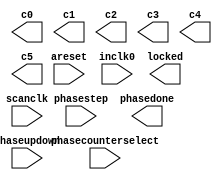
// megafunction wizard: %ALTPLL%VBB%
// GENERATION: STANDARD
// VERSION: WM1.0
// MODULE: altpll 

// ============================================================
// Megafunction Name(s):
// 			altpll
//
// Simulation Library Files(s):
// 			
// ============================================================
// ************************************************************
// THIS IS A WIZARD-GENERATED FILE. DO NOT EDIT THIS FILE!
//
// 12.0 Build 178 05/31/2012 SJ Full Version
// ************************************************************

//Copyright (C) 1991-2012 Altera Corporation
//Your use of Altera Corporation's design tools, logic functions 
//and other software and tools, and its AMPP partner logic 
//functions, and any output files from any of the foregoing 
//(including device programming or simulation files), and any 
//associated documentation or information are expressly subject 
//to the terms and conditions of the Altera Program License 
//Subscription Agreement, Altera MegaCore Function License 
//Agreement, or other applicable license agreement, including, 
//without limitation, that your use is for the sole purpose of 
//programming logic devices manufactured by Altera and sold by 
//Altera or its authorized distributors.  Please refer to the 
//applicable agreement for further details.

module ddr2_12_phy_alt_mem_phy_pll (
	areset,
	inclk0,
	phasecounterselect,
	phasestep,
	phaseupdown,
	scanclk,
	c0,
	c1,
	c2,
	c3,
	c4,
	c5,
	locked,
	phasedone);

	input	  areset;
	input	  inclk0;
	input	[3:0]  phasecounterselect;
	input	  phasestep;
	input	  phaseupdown;
	input	  scanclk;
	output	  c0;
	output	  c1;
	output	  c2;
	output	  c3;
	output	  c4;
	output	  c5;
	output	  locked;
	output	  phasedone;
`ifndef ALTERA_RESERVED_QIS
// synopsys translate_off
`endif
	tri0	  areset;
	tri0	[3:0]  phasecounterselect;
	tri0	  phasestep;
	tri0	  phaseupdown;
`ifndef ALTERA_RESERVED_QIS
// synopsys translate_on
`endif

endmodule

// ============================================================
// CNX file retrieval info
// ============================================================
// Retrieval info: PRIVATE: ACTIVECLK_CHECK STRING "0"
// Retrieval info: PRIVATE: BANDWIDTH STRING "1.000"
// Retrieval info: PRIVATE: BANDWIDTH_FEATURE_ENABLED STRING "1"
// Retrieval info: PRIVATE: BANDWIDTH_FREQ_UNIT STRING "MHz"
// Retrieval info: PRIVATE: BANDWIDTH_PRESET STRING "Low"
// Retrieval info: PRIVATE: BANDWIDTH_USE_AUTO STRING "1"
// Retrieval info: PRIVATE: BANDWIDTH_USE_PRESET STRING "0"
// Retrieval info: PRIVATE: CLKBAD_SWITCHOVER_CHECK STRING "0"
// Retrieval info: PRIVATE: CLKLOSS_CHECK STRING "0"
// Retrieval info: PRIVATE: CLKSWITCH_CHECK STRING "0"
// Retrieval info: PRIVATE: CNX_NO_COMPENSATE_RADIO STRING "1"
// Retrieval info: PRIVATE: CREATE_CLKBAD_CHECK STRING "0"
// Retrieval info: PRIVATE: CREATE_INCLK1_CHECK STRING "0"
// Retrieval info: PRIVATE: CUR_DEDICATED_CLK STRING "c0"
// Retrieval info: PRIVATE: CUR_FBIN_CLK STRING "c0"
// Retrieval info: PRIVATE: DEVICE_SPEED_GRADE STRING "6"
// Retrieval info: PRIVATE: DIV_FACTOR0 NUMERIC "1"
// Retrieval info: PRIVATE: DIV_FACTOR1 NUMERIC "1"
// Retrieval info: PRIVATE: DIV_FACTOR2 NUMERIC "1"
// Retrieval info: PRIVATE: DIV_FACTOR3 NUMERIC "1"
// Retrieval info: PRIVATE: DIV_FACTOR4 NUMERIC "1"
// Retrieval info: PRIVATE: DIV_FACTOR5 NUMERIC "1"
// Retrieval info: PRIVATE: DUTY_CYCLE0 STRING "50.00000000"
// Retrieval info: PRIVATE: DUTY_CYCLE1 STRING "50.00000000"
// Retrieval info: PRIVATE: DUTY_CYCLE2 STRING "50.00000000"
// Retrieval info: PRIVATE: DUTY_CYCLE3 STRING "50.00000000"
// Retrieval info: PRIVATE: DUTY_CYCLE4 STRING "50.00000000"
// Retrieval info: PRIVATE: DUTY_CYCLE5 STRING "50.00000000"
// Retrieval info: PRIVATE: EFF_OUTPUT_FREQ_VALUE0 STRING "100.000000"
// Retrieval info: PRIVATE: EFF_OUTPUT_FREQ_VALUE1 STRING "200.000000"
// Retrieval info: PRIVATE: EFF_OUTPUT_FREQ_VALUE2 STRING "200.000000"
// Retrieval info: PRIVATE: EFF_OUTPUT_FREQ_VALUE3 STRING "200.000000"
// Retrieval info: PRIVATE: EFF_OUTPUT_FREQ_VALUE4 STRING "200.000000"
// Retrieval info: PRIVATE: EFF_OUTPUT_FREQ_VALUE5 STRING "200.000000"
// Retrieval info: PRIVATE: EXPLICIT_SWITCHOVER_COUNTER STRING "0"
// Retrieval info: PRIVATE: EXT_FEEDBACK_RADIO STRING "0"
// Retrieval info: PRIVATE: GLOCKED_COUNTER_EDIT_CHANGED STRING "1"
// Retrieval info: PRIVATE: GLOCKED_FEATURE_ENABLED STRING "0"
// Retrieval info: PRIVATE: GLOCKED_MODE_CHECK STRING "0"
// Retrieval info: PRIVATE: GLOCK_COUNTER_EDIT NUMERIC "1048575"
// Retrieval info: PRIVATE: HAS_MANUAL_SWITCHOVER STRING "1"
// Retrieval info: PRIVATE: INCLK0_FREQ_EDIT STRING "100.000"
// Retrieval info: PRIVATE: INCLK0_FREQ_UNIT_COMBO STRING "MHz"
// Retrieval info: PRIVATE: INCLK1_FREQ_EDIT STRING "100.000"
// Retrieval info: PRIVATE: INCLK1_FREQ_EDIT_CHANGED STRING "1"
// Retrieval info: PRIVATE: INCLK1_FREQ_UNIT_CHANGED STRING "1"
// Retrieval info: PRIVATE: INCLK1_FREQ_UNIT_COMBO STRING "MHz"
// Retrieval info: PRIVATE: INTENDED_DEVICE_FAMILY STRING "Arria II GX"
// Retrieval info: PRIVATE: INT_FEEDBACK__MODE_RADIO STRING "1"
// Retrieval info: PRIVATE: LOCKED_OUTPUT_CHECK STRING "1"
// Retrieval info: PRIVATE: LONG_SCAN_RADIO STRING "1"
// Retrieval info: PRIVATE: LVDS_MODE_DATA_RATE STRING "Not Available"
// Retrieval info: PRIVATE: LVDS_MODE_DATA_RATE_DIRTY NUMERIC "0"
// Retrieval info: PRIVATE: LVDS_PHASE_SHIFT_UNIT0 STRING "deg"
// Retrieval info: PRIVATE: LVDS_PHASE_SHIFT_UNIT1 STRING "deg"
// Retrieval info: PRIVATE: LVDS_PHASE_SHIFT_UNIT2 STRING "deg"
// Retrieval info: PRIVATE: LVDS_PHASE_SHIFT_UNIT3 STRING "deg"
// Retrieval info: PRIVATE: LVDS_PHASE_SHIFT_UNIT4 STRING "deg"
// Retrieval info: PRIVATE: LVDS_PHASE_SHIFT_UNIT5 STRING "deg"
// Retrieval info: PRIVATE: MANUAL_PHASE_SHIFT_STEP_EDIT STRING "104.00000000"
// Retrieval info: PRIVATE: MANUAL_PHASE_SHIFT_STEP_UNIT STRING "ps"
// Retrieval info: PRIVATE: MIG_DEVICE_SPEED_GRADE STRING "Any"
// Retrieval info: PRIVATE: MULT_FACTOR0 NUMERIC "2"
// Retrieval info: PRIVATE: MULT_FACTOR1 NUMERIC "4"
// Retrieval info: PRIVATE: MULT_FACTOR2 NUMERIC "2"
// Retrieval info: PRIVATE: MULT_FACTOR3 NUMERIC "4"
// Retrieval info: PRIVATE: MULT_FACTOR4 NUMERIC "4"
// Retrieval info: PRIVATE: MULT_FACTOR5 NUMERIC "2"
// Retrieval info: PRIVATE: NORMAL_MODE_RADIO STRING "0"
// Retrieval info: PRIVATE: OUTPUT_FREQ0 STRING "100.00000000"
// Retrieval info: PRIVATE: OUTPUT_FREQ1 STRING "200.00000000"
// Retrieval info: PRIVATE: OUTPUT_FREQ2 STRING "200.00000000"
// Retrieval info: PRIVATE: OUTPUT_FREQ3 STRING "200.00000000"
// Retrieval info: PRIVATE: OUTPUT_FREQ4 STRING "200.00000000"
// Retrieval info: PRIVATE: OUTPUT_FREQ5 STRING "200.00000000"
// Retrieval info: PRIVATE: OUTPUT_FREQ_MODE0 STRING "1"
// Retrieval info: PRIVATE: OUTPUT_FREQ_MODE1 STRING "1"
// Retrieval info: PRIVATE: OUTPUT_FREQ_MODE2 STRING "1"
// Retrieval info: PRIVATE: OUTPUT_FREQ_MODE3 STRING "1"
// Retrieval info: PRIVATE: OUTPUT_FREQ_MODE4 STRING "1"
// Retrieval info: PRIVATE: OUTPUT_FREQ_MODE5 STRING "1"
// Retrieval info: PRIVATE: OUTPUT_FREQ_UNIT0 STRING "MHz"
// Retrieval info: PRIVATE: OUTPUT_FREQ_UNIT1 STRING "MHz"
// Retrieval info: PRIVATE: OUTPUT_FREQ_UNIT2 STRING "MHz"
// Retrieval info: PRIVATE: OUTPUT_FREQ_UNIT3 STRING "MHz"
// Retrieval info: PRIVATE: OUTPUT_FREQ_UNIT4 STRING "MHz"
// Retrieval info: PRIVATE: OUTPUT_FREQ_UNIT5 STRING "MHz"
// Retrieval info: PRIVATE: PHASE_RECONFIG_FEATURE_ENABLED STRING "1"
// Retrieval info: PRIVATE: PHASE_RECONFIG_INPUTS_CHECK STRING "1"
// Retrieval info: PRIVATE: PHASE_SHIFT0 STRING "30.00000000"
// Retrieval info: PRIVATE: PHASE_SHIFT1 STRING "0.00000000"
// Retrieval info: PRIVATE: PHASE_SHIFT2 STRING "0.00000000"
// Retrieval info: PRIVATE: PHASE_SHIFT3 STRING "-90.00000000"
// Retrieval info: PRIVATE: PHASE_SHIFT4 STRING "0.00000000"
// Retrieval info: PRIVATE: PHASE_SHIFT5 STRING "0.00000000"
// Retrieval info: PRIVATE: PHASE_SHIFT_STEP_ENABLED_CHECK STRING "1"
// Retrieval info: PRIVATE: PHASE_SHIFT_UNIT0 STRING "deg"
// Retrieval info: PRIVATE: PHASE_SHIFT_UNIT1 STRING "deg"
// Retrieval info: PRIVATE: PHASE_SHIFT_UNIT2 STRING "deg"
// Retrieval info: PRIVATE: PHASE_SHIFT_UNIT3 STRING "deg"
// Retrieval info: PRIVATE: PHASE_SHIFT_UNIT4 STRING "deg"
// Retrieval info: PRIVATE: PHASE_SHIFT_UNIT5 STRING "deg"
// Retrieval info: PRIVATE: PLL_ADVANCED_PARAM_CHECK STRING "0"
// Retrieval info: PRIVATE: PLL_ARESET_CHECK STRING "1"
// Retrieval info: PRIVATE: PLL_AUTOPLL_CHECK NUMERIC "1"
// Retrieval info: PRIVATE: PLL_ENHPLL_CHECK NUMERIC "0"
// Retrieval info: PRIVATE: PLL_FASTPLL_CHECK NUMERIC "0"
// Retrieval info: PRIVATE: PLL_FBMIMIC_CHECK STRING "0"
// Retrieval info: PRIVATE: PLL_LVDS_PLL_CHECK NUMERIC "0"
// Retrieval info: PRIVATE: PLL_PFDENA_CHECK STRING "0"
// Retrieval info: PRIVATE: PLL_TARGET_HARCOPY_CHECK NUMERIC "0"
// Retrieval info: PRIVATE: PRIMARY_CLK_COMBO STRING "inclk0"
// Retrieval info: PRIVATE: RECONFIG_FILE STRING "alt_mem_phy_pll_siii.mif"
// Retrieval info: PRIVATE: SACN_INPUTS_CHECK STRING "0"
// Retrieval info: PRIVATE: SCAN_FEATURE_ENABLED STRING "1"
// Retrieval info: PRIVATE: SELF_RESET_LOCK_LOSS STRING "0"
// Retrieval info: PRIVATE: SHORT_SCAN_RADIO STRING "0"
// Retrieval info: PRIVATE: SPREAD_FEATURE_ENABLED STRING "0"
// Retrieval info: PRIVATE: SPREAD_FREQ STRING "50.000"
// Retrieval info: PRIVATE: SPREAD_FREQ_UNIT STRING "KHz"
// Retrieval info: PRIVATE: SPREAD_PERCENT STRING "0.500"
// Retrieval info: PRIVATE: SPREAD_USE STRING "0"
// Retrieval info: PRIVATE: SRC_SYNCH_COMP_RADIO STRING "0"
// Retrieval info: PRIVATE: STICKY_CLK0 STRING "1"
// Retrieval info: PRIVATE: STICKY_CLK1 STRING "1"
// Retrieval info: PRIVATE: STICKY_CLK2 STRING "1"
// Retrieval info: PRIVATE: STICKY_CLK3 STRING "1"
// Retrieval info: PRIVATE: STICKY_CLK4 STRING "1"
// Retrieval info: PRIVATE: STICKY_CLK5 STRING "1"
// Retrieval info: PRIVATE: SWITCHOVER_COUNT_EDIT NUMERIC "1"
// Retrieval info: PRIVATE: SWITCHOVER_FEATURE_ENABLED STRING "1"
// Retrieval info: PRIVATE: SYNTH_WRAPPER_GEN_POSTFIX STRING "0"
// Retrieval info: PRIVATE: USE_CLK0 STRING "1"
// Retrieval info: PRIVATE: USE_CLK1 STRING "1"
// Retrieval info: PRIVATE: USE_CLK2 STRING "1"
// Retrieval info: PRIVATE: USE_CLK3 STRING "1"
// Retrieval info: PRIVATE: USE_CLK4 STRING "1"
// Retrieval info: PRIVATE: USE_CLK5 STRING "1"
// Retrieval info: PRIVATE: USE_MIL_SPEED_GRADE NUMERIC "0"
// Retrieval info: PRIVATE: ZERO_DELAY_RADIO STRING "0"
// Retrieval info: LIBRARY: altera_mf altera_mf.altera_mf_components.all
// Retrieval info: CONSTANT: BANDWIDTH_TYPE STRING "AUTO"
// Retrieval info: CONSTANT: CLK0_DIVIDE_BY NUMERIC "1"
// Retrieval info: CONSTANT: CLK0_DUTY_CYCLE NUMERIC "50"
// Retrieval info: CONSTANT: CLK0_MULTIPLY_BY NUMERIC "1"
// Retrieval info: CONSTANT: CLK0_PHASE_SHIFT STRING "833"
// Retrieval info: CONSTANT: CLK1_DIVIDE_BY NUMERIC "1"
// Retrieval info: CONSTANT: CLK1_DUTY_CYCLE NUMERIC "50"
// Retrieval info: CONSTANT: CLK1_MULTIPLY_BY NUMERIC "2"
// Retrieval info: CONSTANT: CLK1_PHASE_SHIFT STRING "0"
// Retrieval info: CONSTANT: CLK2_DIVIDE_BY NUMERIC "1"
// Retrieval info: CONSTANT: CLK2_DUTY_CYCLE NUMERIC "50"
// Retrieval info: CONSTANT: CLK2_MULTIPLY_BY NUMERIC "2"
// Retrieval info: CONSTANT: CLK2_PHASE_SHIFT STRING "0"
// Retrieval info: CONSTANT: CLK3_DIVIDE_BY NUMERIC "1"
// Retrieval info: CONSTANT: CLK3_DUTY_CYCLE NUMERIC "50"
// Retrieval info: CONSTANT: CLK3_MULTIPLY_BY NUMERIC "2"
// Retrieval info: CONSTANT: CLK3_PHASE_SHIFT STRING "-1250"
// Retrieval info: CONSTANT: CLK4_DIVIDE_BY NUMERIC "1"
// Retrieval info: CONSTANT: CLK4_DUTY_CYCLE NUMERIC "50"
// Retrieval info: CONSTANT: CLK4_MULTIPLY_BY NUMERIC "2"
// Retrieval info: CONSTANT: CLK4_PHASE_SHIFT STRING "0"
// Retrieval info: CONSTANT: CLK5_DIVIDE_BY NUMERIC "1"
// Retrieval info: CONSTANT: CLK5_DUTY_CYCLE NUMERIC "50"
// Retrieval info: CONSTANT: CLK5_MULTIPLY_BY NUMERIC "2"
// Retrieval info: CONSTANT: CLK5_PHASE_SHIFT STRING "0"
// Retrieval info: CONSTANT: INCLK0_INPUT_FREQUENCY NUMERIC "10000"
// Retrieval info: CONSTANT: INTENDED_DEVICE_FAMILY STRING "Arria II GX"
// Retrieval info: CONSTANT: LPM_TYPE STRING "altpll"
// Retrieval info: CONSTANT: OPERATION_MODE STRING "NO_COMPENSATION"
// Retrieval info: CONSTANT: PLL_TYPE STRING "Left_Right"
// Retrieval info: CONSTANT: PORT_ACTIVECLOCK STRING "PORT_UNUSED"
// Retrieval info: CONSTANT: PORT_ARESET STRING "PORT_USED"
// Retrieval info: CONSTANT: PORT_CLKBAD0 STRING "PORT_UNUSED"
// Retrieval info: CONSTANT: PORT_CLKBAD1 STRING "PORT_UNUSED"
// Retrieval info: CONSTANT: PORT_CLKLOSS STRING "PORT_UNUSED"
// Retrieval info: CONSTANT: PORT_CLKSWITCH STRING "PORT_UNUSED"
// Retrieval info: CONSTANT: PORT_CONFIGUPDATE STRING "PORT_UNUSED"
// Retrieval info: CONSTANT: PORT_FBIN STRING "PORT_UNUSED"
// Retrieval info: CONSTANT: PORT_FBOUT STRING "PORT_UNUSED"
// Retrieval info: CONSTANT: PORT_INCLK0 STRING "PORT_USED"
// Retrieval info: CONSTANT: PORT_INCLK1 STRING "PORT_UNUSED"
// Retrieval info: CONSTANT: PORT_LOCKED STRING "PORT_USED"
// Retrieval info: CONSTANT: PORT_PFDENA STRING "PORT_UNUSED"
// Retrieval info: CONSTANT: PORT_PHASECOUNTERSELECT STRING "PORT_USED"
// Retrieval info: CONSTANT: PORT_PHASEDONE STRING "PORT_USED"
// Retrieval info: CONSTANT: PORT_PHASESTEP STRING "PORT_USED"
// Retrieval info: CONSTANT: PORT_PHASEUPDOWN STRING "PORT_USED"
// Retrieval info: CONSTANT: PORT_PLLENA STRING "PORT_UNUSED"
// Retrieval info: CONSTANT: PORT_SCANACLR STRING "PORT_UNUSED"
// Retrieval info: CONSTANT: PORT_SCANCLK STRING "PORT_USED"
// Retrieval info: CONSTANT: PORT_SCANCLKENA STRING "PORT_UNUSED"
// Retrieval info: CONSTANT: PORT_SCANDATA STRING "PORT_UNUSED"
// Retrieval info: CONSTANT: PORT_SCANDATAOUT STRING "PORT_UNUSED"
// Retrieval info: CONSTANT: PORT_SCANDONE STRING "PORT_UNUSED"
// Retrieval info: CONSTANT: PORT_SCANREAD STRING "PORT_UNUSED"
// Retrieval info: CONSTANT: PORT_SCANWRITE STRING "PORT_UNUSED"
// Retrieval info: CONSTANT: PORT_clk0 STRING "PORT_USED"
// Retrieval info: CONSTANT: PORT_clk1 STRING "PORT_USED"
// Retrieval info: CONSTANT: PORT_clk2 STRING "PORT_USED"
// Retrieval info: CONSTANT: PORT_clk3 STRING "PORT_USED"
// Retrieval info: CONSTANT: PORT_clk4 STRING "PORT_USED"
// Retrieval info: CONSTANT: PORT_clk5 STRING "PORT_USED"
// Retrieval info: CONSTANT: PORT_clk6 STRING "PORT_UNUSED"
// Retrieval info: CONSTANT: PORT_clk7 STRING "PORT_UNUSED"
// Retrieval info: CONSTANT: PORT_clk8 STRING "PORT_UNUSED"
// Retrieval info: CONSTANT: PORT_clk9 STRING "PORT_UNUSED"
// Retrieval info: CONSTANT: PORT_clkena0 STRING "PORT_UNUSED"
// Retrieval info: CONSTANT: PORT_clkena1 STRING "PORT_UNUSED"
// Retrieval info: CONSTANT: PORT_clkena2 STRING "PORT_UNUSED"
// Retrieval info: CONSTANT: PORT_clkena3 STRING "PORT_UNUSED"
// Retrieval info: CONSTANT: PORT_clkena4 STRING "PORT_UNUSED"
// Retrieval info: CONSTANT: PORT_clkena5 STRING "PORT_UNUSED"
// Retrieval info: CONSTANT: SELF_RESET_ON_LOSS_LOCK STRING "OFF"
// Retrieval info: CONSTANT: USING_FBMIMICBIDIR_PORT STRING "OFF"
// Retrieval info: CONSTANT: VCO_FREQUENCY_CONTROL STRING "MANUAL_PHASE"
// Retrieval info: CONSTANT: VCO_PHASE_SHIFT_STEP NUMERIC "104"
// Retrieval info: CONSTANT: WIDTH_CLOCK NUMERIC "7"
// Retrieval info: USED_PORT: @clk 0 0 7 0 OUTPUT_CLK_EXT VCC "@clk[6..0]"
// Retrieval info: USED_PORT: areset 0 0 0 0 INPUT GND "areset"
// Retrieval info: USED_PORT: c0 0 0 0 0 OUTPUT_CLK_EXT VCC "c0"
// Retrieval info: USED_PORT: c1 0 0 0 0 OUTPUT_CLK_EXT VCC "c1"
// Retrieval info: USED_PORT: c2 0 0 0 0 OUTPUT_CLK_EXT VCC "c2"
// Retrieval info: USED_PORT: c3 0 0 0 0 OUTPUT_CLK_EXT VCC "c3"
// Retrieval info: USED_PORT: c4 0 0 0 0 OUTPUT_CLK_EXT VCC "c4"
// Retrieval info: USED_PORT: c5 0 0 0 0 OUTPUT_CLK_EXT VCC "c5"
// Retrieval info: USED_PORT: inclk0 0 0 0 0 INPUT_CLK_EXT GND "inclk0"
// Retrieval info: USED_PORT: locked 0 0 0 0 OUTPUT GND "locked"
// Retrieval info: USED_PORT: phasecounterselect 0 0 4 0 INPUT GND "phasecounterselect[3..0]"
// Retrieval info: USED_PORT: phasedone 0 0 0 0 OUTPUT GND "phasedone"
// Retrieval info: USED_PORT: phasestep 0 0 0 0 INPUT GND "phasestep"
// Retrieval info: USED_PORT: phaseupdown 0 0 0 0 INPUT GND "phaseupdown"
// Retrieval info: USED_PORT: scanclk 0 0 0 0 INPUT_CLK_EXT VCC "scanclk"
// Retrieval info: CONNECT: @areset 0 0 0 0 areset 0 0 0 0
// Retrieval info: CONNECT: @inclk 0 0 1 1 GND 0 0 0 0
// Retrieval info: CONNECT: @inclk 0 0 1 0 inclk0 0 0 0 0
// Retrieval info: CONNECT: @phasecounterselect 0 0 4 0 phasecounterselect 0 0 4 0
// Retrieval info: CONNECT: @phasestep 0 0 0 0 phasestep 0 0 0 0
// Retrieval info: CONNECT: @phaseupdown 0 0 0 0 phaseupdown 0 0 0 0
// Retrieval info: CONNECT: @scanclk 0 0 0 0 scanclk 0 0 0 0
// Retrieval info: CONNECT: c0 0 0 0 0 @clk 0 0 1 0
// Retrieval info: CONNECT: c1 0 0 0 0 @clk 0 0 1 1
// Retrieval info: CONNECT: c2 0 0 0 0 @clk 0 0 1 2
// Retrieval info: CONNECT: c3 0 0 0 0 @clk 0 0 1 3
// Retrieval info: CONNECT: c4 0 0 0 0 @clk 0 0 1 4
// Retrieval info: CONNECT: c5 0 0 0 0 @clk 0 0 1 5
// Retrieval info: CONNECT: locked 0 0 0 0 @locked 0 0 0 0
// Retrieval info: CONNECT: phasedone 0 0 0 0 @phasedone 0 0 0 0
// Retrieval info: GEN_FILE: TYPE_NORMAL ddr3_quick_all_family_6_phy_alt_mem_phy_pll.v TRUE
// Retrieval info: GEN_FILE: TYPE_NORMAL ddr3_quick_all_family_6_phy_alt_mem_phy_pll.inc FALSE
// Retrieval info: GEN_FILE: TYPE_NORMAL ddr3_quick_all_family_6_phy_alt_mem_phy_pll.cmp FALSE
// Retrieval info: GEN_FILE: TYPE_NORMAL ddr3_quick_all_family_6_phy_alt_mem_phy_pll.bsf FALSE
// Retrieval info: GEN_FILE: TYPE_NORMAL ddr3_quick_all_family_6_phy_alt_mem_phy_pll_inst.v FALSE
// Retrieval info: GEN_FILE: TYPE_NORMAL ddr3_quick_all_family_6_phy_alt_mem_phy_pll_bb.v TRUE
// Retrieval info: GEN_FILE: TYPE_NORMAL ddr3_quick_all_family_6_phy_alt_mem_phy_pll_waveforms.html TRUE
// Retrieval info: GEN_FILE: TYPE_NORMAL ddr3_quick_all_family_6_phy_alt_mem_phy_pll_wave*.jpg FALSE
// Retrieval info: GEN_FILE: TYPE_NORMAL ddr2_12_phy_alt_mem_phy_pll.v TRUE
// Retrieval info: GEN_FILE: TYPE_NORMAL ddr2_12_phy_alt_mem_phy_pll.inc FALSE
// Retrieval info: GEN_FILE: TYPE_NORMAL ddr2_12_phy_alt_mem_phy_pll.cmp FALSE
// Retrieval info: GEN_FILE: TYPE_NORMAL ddr2_12_phy_alt_mem_phy_pll.bsf FALSE
// Retrieval info: GEN_FILE: TYPE_NORMAL ddr2_12_phy_alt_mem_phy_pll_inst.v FALSE
// Retrieval info: GEN_FILE: TYPE_NORMAL ddr2_12_phy_alt_mem_phy_pll_bb.v TRUE